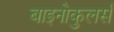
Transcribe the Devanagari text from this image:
बाइनोकुलर्स